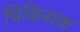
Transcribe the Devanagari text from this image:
चिकिसक